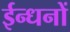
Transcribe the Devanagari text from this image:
ईन्धनों